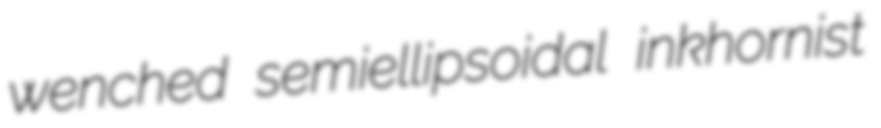
wenched semiellipsoidal inkhornist